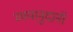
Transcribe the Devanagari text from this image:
व्ययानुदानॉ